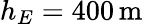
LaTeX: h_{E}=400\, \mathrm{m}